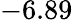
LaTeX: -6.89